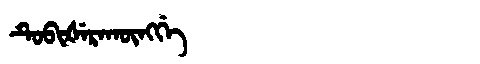
Manchu: ᡨᡠᠪᡳᡧᡝᡵᠠᡴᡡᠩᡤᡝ
Romanization: TUBIŠERAKŪNGGE